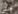
حتى